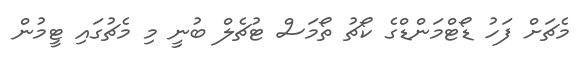
މެޗަށް ފަހު ޑޯޓްމަންޑްގެ ކޯޗު ތޯމަސް ޓުޗެލް ބުނީ މި މެޗުގައި ޓީމުން